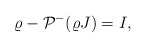
\begin{align*} \varrho-\mathcal{P}^{-}(\varrho J)=I,\end{align*}